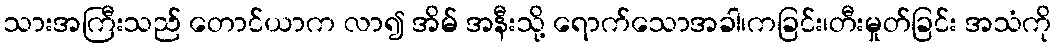
သားအကြီးသည် တောင်ယာက လာ၍ အိမ် အနီးသို့ ရောက်သောအခါ၊ကခြင်း၊တီးမှုတ်ခြင်း အသံကို